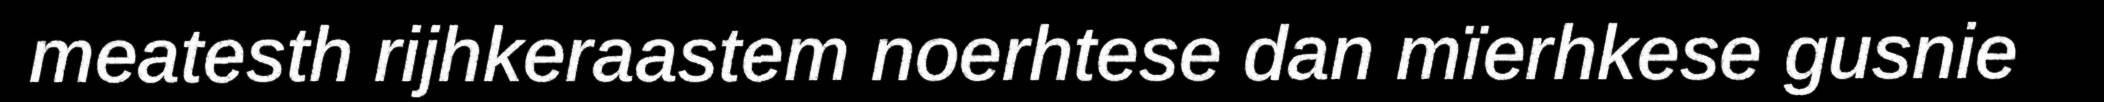
meatesth rijhkeraastem noerhtese dan mïerhkese gusnie